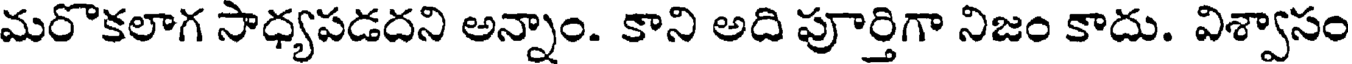
మరొకలాగ సాధ్యపడదని అన్నాం. కాని అది పూర్తిగా నిజం కాదు. విశ్వాసం